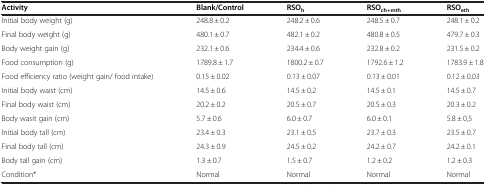
| Activity | Blank/Control | RSOh | RSOch+mth | RSOeth |
 | --- | --- | --- | --- | --- |
 | Initial body weight (g) | 248.8 ± 0.2 | 248.2 ± 0.6 | 248.5 ± 0.7 | 248.1 ± 0.2 |
 | Final body weight (g) | 480.1 ± 0.7 | 482.1 ± 0.2 | 480.8 ± 0.5 | 479.7 ± 0.3 |
 | Body weight gain (g) | 232.1 ± 0.6 | 234.4 ± 0.6 | 232.8 ± 0.2 | 231.5 ± 0.2 |
 | Food consumption (g) | 1789.8 ± 1.7 | 1800.2 ± 0.7 | 1792.6 ± 1.2 | 1783.9 ± 1.8 |
 | Food efficiency ratio (weight gain/ food intake) | 0.15 ± 0.02 | 0.13 ± 0.07 | 0.13 ± 0.01 | 0.12 ± 0.03 |
 | Initial body waist (cm) | 14.5 ± 0.6 | 14.5 ± 0.2 | 14.5 ± 0.1 | 14.5 ± 0.7 |
 | Final body waist (cm) | 20.2 ± 0.2 | 20.5 ± 0.7 | 20.5 ± 0.3 | 20.3 ± 0.2 |
 | Body wasit gain (cm) | 5.7 ± 0.6 | 6.0 ± 0.7 | 6.0 ± 0.1 | 5.8 ± 0,5 |
 | Initial body tall (cm) | 23.4 ± 0.3 | 23.1 ± 0.5 | 23.7 ± 0.3 | 23.5 ± 0.7 |
 | Final body tall (cm) | 24.3 ± 0.9 | 24.5 ± 0.2 | 24.2 ± 0.7 | 24.2 ± 0.1 |
 | Body tall gain (cm) | 1.3 ± 0.7 | 1.5 ± 0.7 | 1.2 ± 0.2 | 1.2 ± 0.3 |
 | Condition* | Normal | Normal | Normal | Normal |